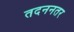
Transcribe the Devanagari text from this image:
तदननतर